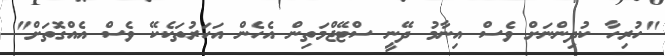
"ހުރިހާ ކުދިންނަށް ވެސް އިނާމު ދޭނީ ސްޓޭޖްމަތިން އެހެން އަހަރުތަކެކޭ ވެސް އެއްގޮތަށް"